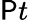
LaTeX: \mathsf{P}t